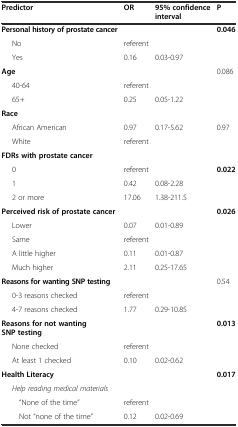
| Predictor | OR | 95% confidence interval | P |
 | --- | --- | --- | --- |
 | Personal history of prostate cancer |  |  | 0.046 |
 | No | referent |  |  |
 | Yes | 0.16 | 0.03-0.97 |  |
 | Age |  |  | 0.086 |
 | 40-64 | referent |  |  |
 | 65+ | 0.25 | 0.05-1.22 |  |
 | Race |  |  |  |
 | African American | 0.97 | 0.17-5.62 | 0.97 |
 | White | referent |  |  |
 | FDRs with prostate cancer |  |  |  |
 | 0 | referent |  | 0.022 |
 | 1 | 0.42 | 0.08-2.28 |  |
 | 2 or more | 17.06 | 1.38-211.5 |  |
 | Perceived risk of prostate cancer |  |  | 0.026 |
 | Lower | 0.07 | 0.01-0.89 |  |
 | Same | referent |  |  |
 | A little higher | 0.11 | 0.01-0.87 |  |
 | Much higher | 2.11 | 0.25-17.65 |  |
 | Reasons for wanting SNP testing |  |  | 0.54 |
 | 0-3 reasons checked | referent |  |  |
 | 4-7 reasons checked | 1.77 | 0.29-10.85 |  |
 | Reasons for not wanting SNP testing |  |  | 0.013 |
 | None checked | referent |  |  |
 | At least 1 checked | 0.10 | 0.02-0.62 |  |
 | Health Literacy |  |  | 0.017 |
 | Help reading medical materials |  |  |  |
 | “None of the time” | referent |  |  |
 | Not “none of the time” | 0.12 | 0.02-0.69 |  |